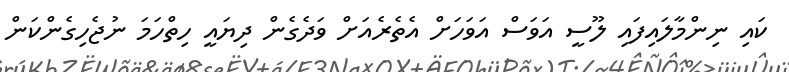
ކައި ނިންމާލައިފައި ލޫސީ އަވަސް އަވަހަށް އެތެރެއަށް ވަދެގެން ދިޔައީ ހިތްހަމަ ނުޖެހިގެންކަން